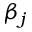
\beta _ { j }